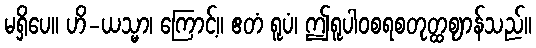
မရှိပေ။ ဟိ-ယသ္မာ၊ ကြောင့်။ ဧတံ ရူပံ၊ ဤရူပါဝစရစတုတ္ထဈာန်သည်။